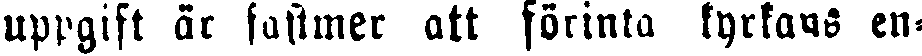
uppgift är fastmer att förinta kyrkans en-